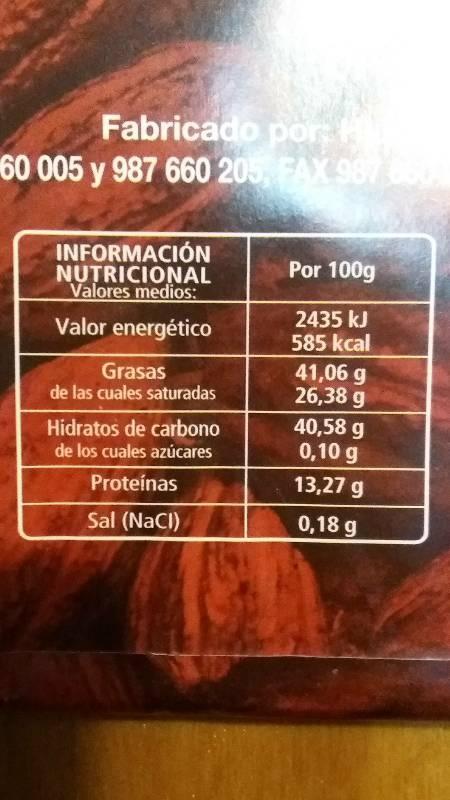
Fabricado por: H 60 005 y 987 660 205, FAX 987
INFORMACIÓN NUTRICIONAL Valores medios:
Valor energético
Grasas
de las cuales saturadas
Hidratos de carbono
de los cuales azúcares
Proteínas
Sal (NaCl)
Por 100g
2435 kJ
585 kcal
41,06 g
26,38 g
40,58 g
0,10 g
13,27 g
0,18 g